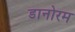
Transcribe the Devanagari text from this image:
डानोरम